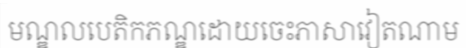
មណ្ឌលបេតិកភណ្ឌដោយចេះភាសាវៀតណាម